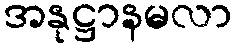
အနုဋ္ဌာနမလာ